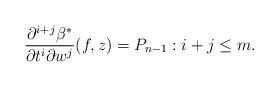
LaTeX: \begin{align*} \frac{\partial^{i+j}\beta^\ast}{\partial t^i\partial w^j}(f,z)=P_{n-1}:i+j\leq m.\end{align*}